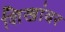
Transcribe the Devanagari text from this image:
शिखांवर